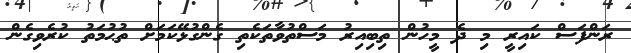
ރަންފަސް ކައިރީ މި ދެ މީހުން ތިބިއިރު މަސްތުވާތަކެތި ގެންގުޅޭކަމަށް ތުޙުމަތު ކުރެވިގެން